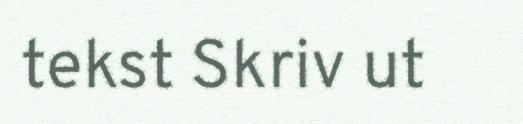
tekst Skriv ut